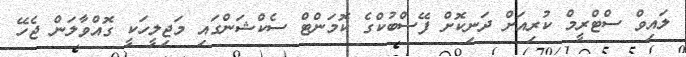
ލައިވް ސްޓްރީމް ކުރިއަށް ދަނިކޮށް ފޭސްބުކްގެ ކޮމަންޓް ސެކްޝަންގައި މަޖިލީހަކީ ގޮއްވާލަން ޖެހޭ